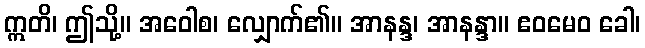
ဣတိ၊ ဤသို့။ အဝေါစ၊ လျှောက်၏။ အာနန္ဒ၊ အာနန္ဒာ။ ဧဝမေဝ ခေါ၊